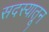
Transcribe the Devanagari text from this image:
सदस्यातून